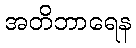
အတိဘာရေန